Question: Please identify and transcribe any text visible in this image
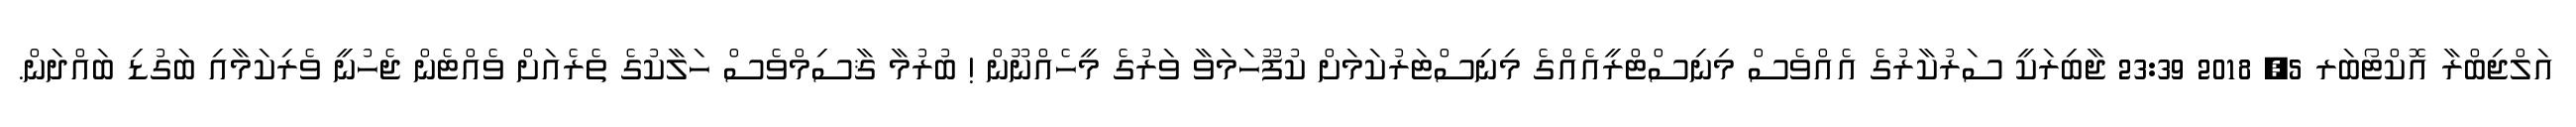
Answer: އަލްޖިބްރާ އޮކްޓޯބަރ 5, 2018 23:39 ޖާބިރަކީ ސަރުކާރުގެ އެއްވެސް މިނިސްޓްރީއެއްގެ މިނިސްޓަރުކަމަށް ކުފޫހަމަވާ ވަރުގެ މީހެއްނޫން ! ބުރުމާ ޤާސިމްވެސް ހަލާކުގެ ތެރެއަށް ވެއްޓެން ޖެހުނީ ވެރިކަމާއި ބަގުޑި ބައްދަން.